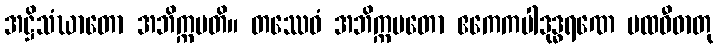
အဋ္ဌိသံဃာတော အဘိက္ကမတိ။ တဿေဝံ အဘိက္ကမတော ဧကေကပါဒုဒ္ဓရဏေ ပထဝီဓာတု